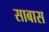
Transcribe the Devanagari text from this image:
साबास